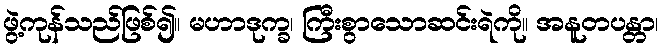
ဖွဲ့ကုန်သည်ဖြစ်၍။ မဟာဒုက္ခ၊ ကြီးစွာသောဆင်းရဲကို။ အနူတပန္တာ၊